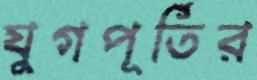
যুগপূর্তির